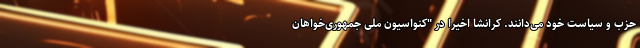
حزب و سیاست خود می‌دانند. کرانشا اخیرا در "کنواسیون ملی جمهوری‌خواهان